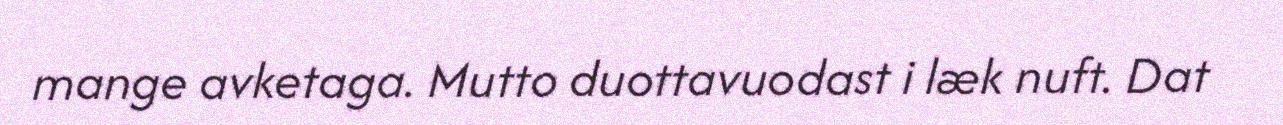
mange avketaga. Mutto duottavuodast i læk nuft. Dat